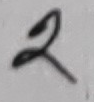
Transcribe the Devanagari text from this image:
२